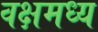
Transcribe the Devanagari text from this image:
वक्षमध्य